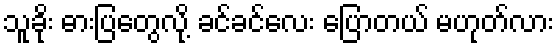
သူခိုး ဓားပြတွေလို့ ခင်ခင်လေး ပြောတယ် မဟုတ်လား